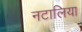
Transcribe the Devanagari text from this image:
नटालिया